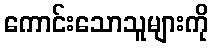
ကောင်းသောသူများကို